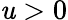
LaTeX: \mathit{u}>0